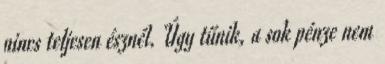
nincs teljesen észnél. Úgy tűnik, a sok pénze nem